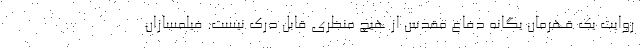
روایت یک قهرمان یگانه دفاع مقدس از هیچ منظری قابل درک نیست. فیلمسازان